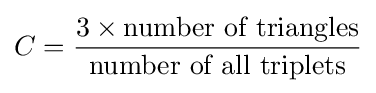
C={\frac {3\times {\mbox{number of triangles}}}{\mbox{number of all triplets}}}